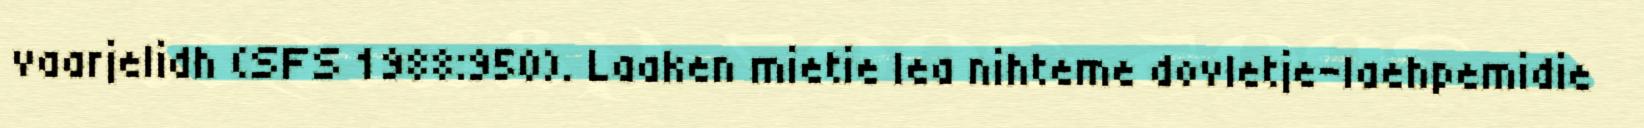
vaarjelidh (SFS 1988:950). Laaken mietie lea nihteme dovletje-laehpemidie